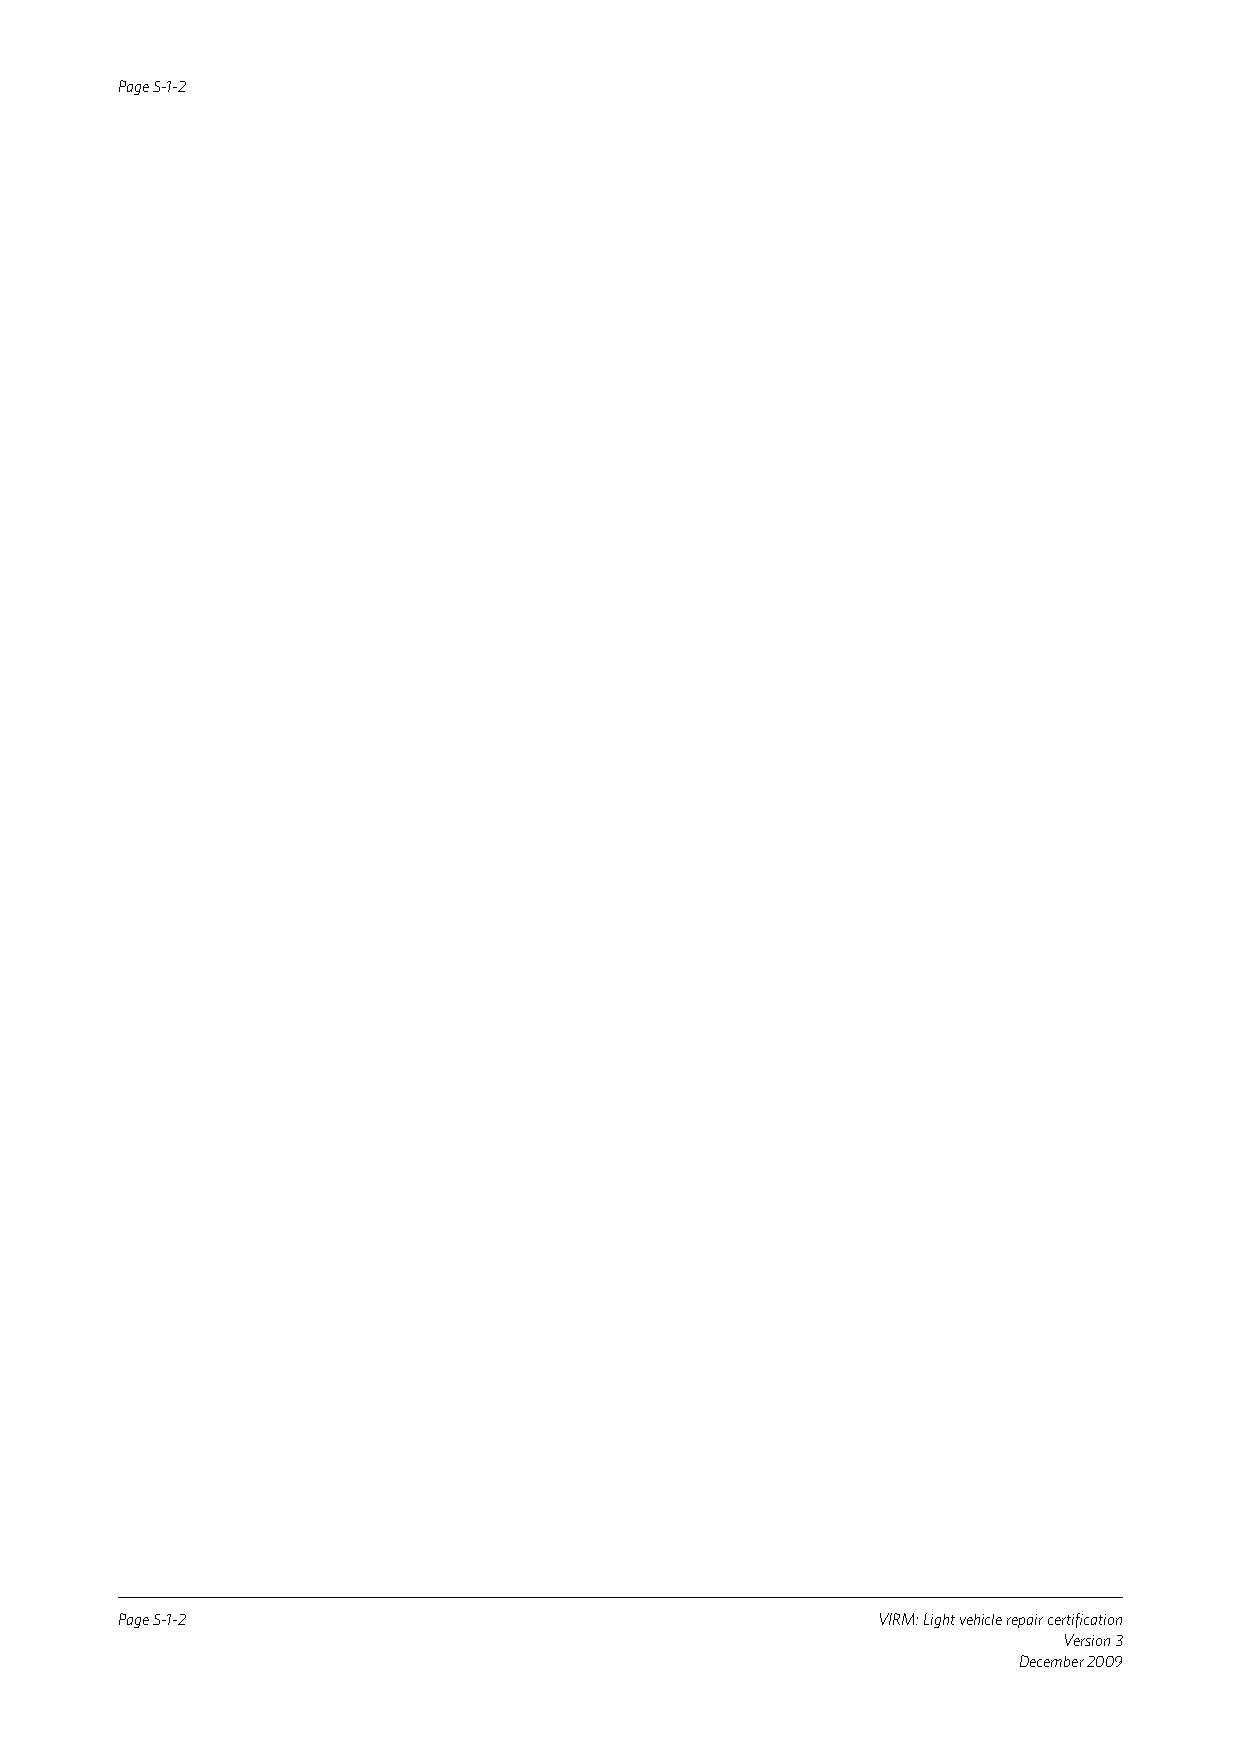
Page 5-1-2
 Page 5-1-2                                        VIRM: Light vehicle repair certification
 Version 3
 December 2009